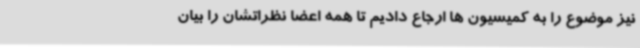
نیز موضوع را به کمیسیون ها ارجاع دادیم تا همه اعضا نظراتشان را بیان